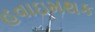
હવાઇમથક